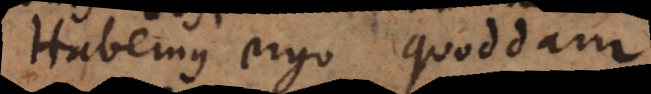
Habemus ergo quoddam